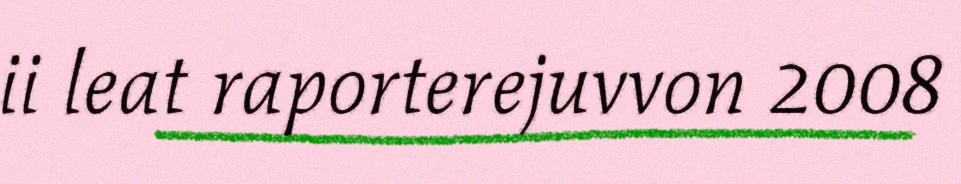
ii leat raporterejuvvon 2008